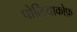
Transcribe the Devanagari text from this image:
पोलियाकोफ़